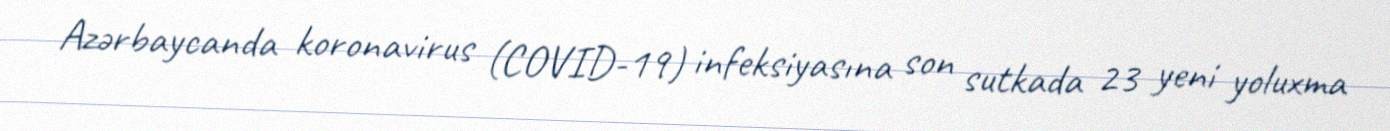
Azərbaycanda koronavirus (COVID-19) infeksiyasına son sutkada 23 yeni yoluxma